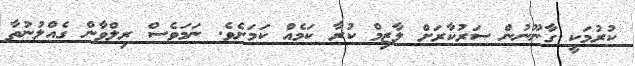
ކުރުމަކީ ގާނޫނުން ސަރުކާރަށް ލާޒިމް ކުރާ ކަމެއް ކަމަށެވެ. ނަމަވެސް ރިލްވާން ގެއްލުނުތާ